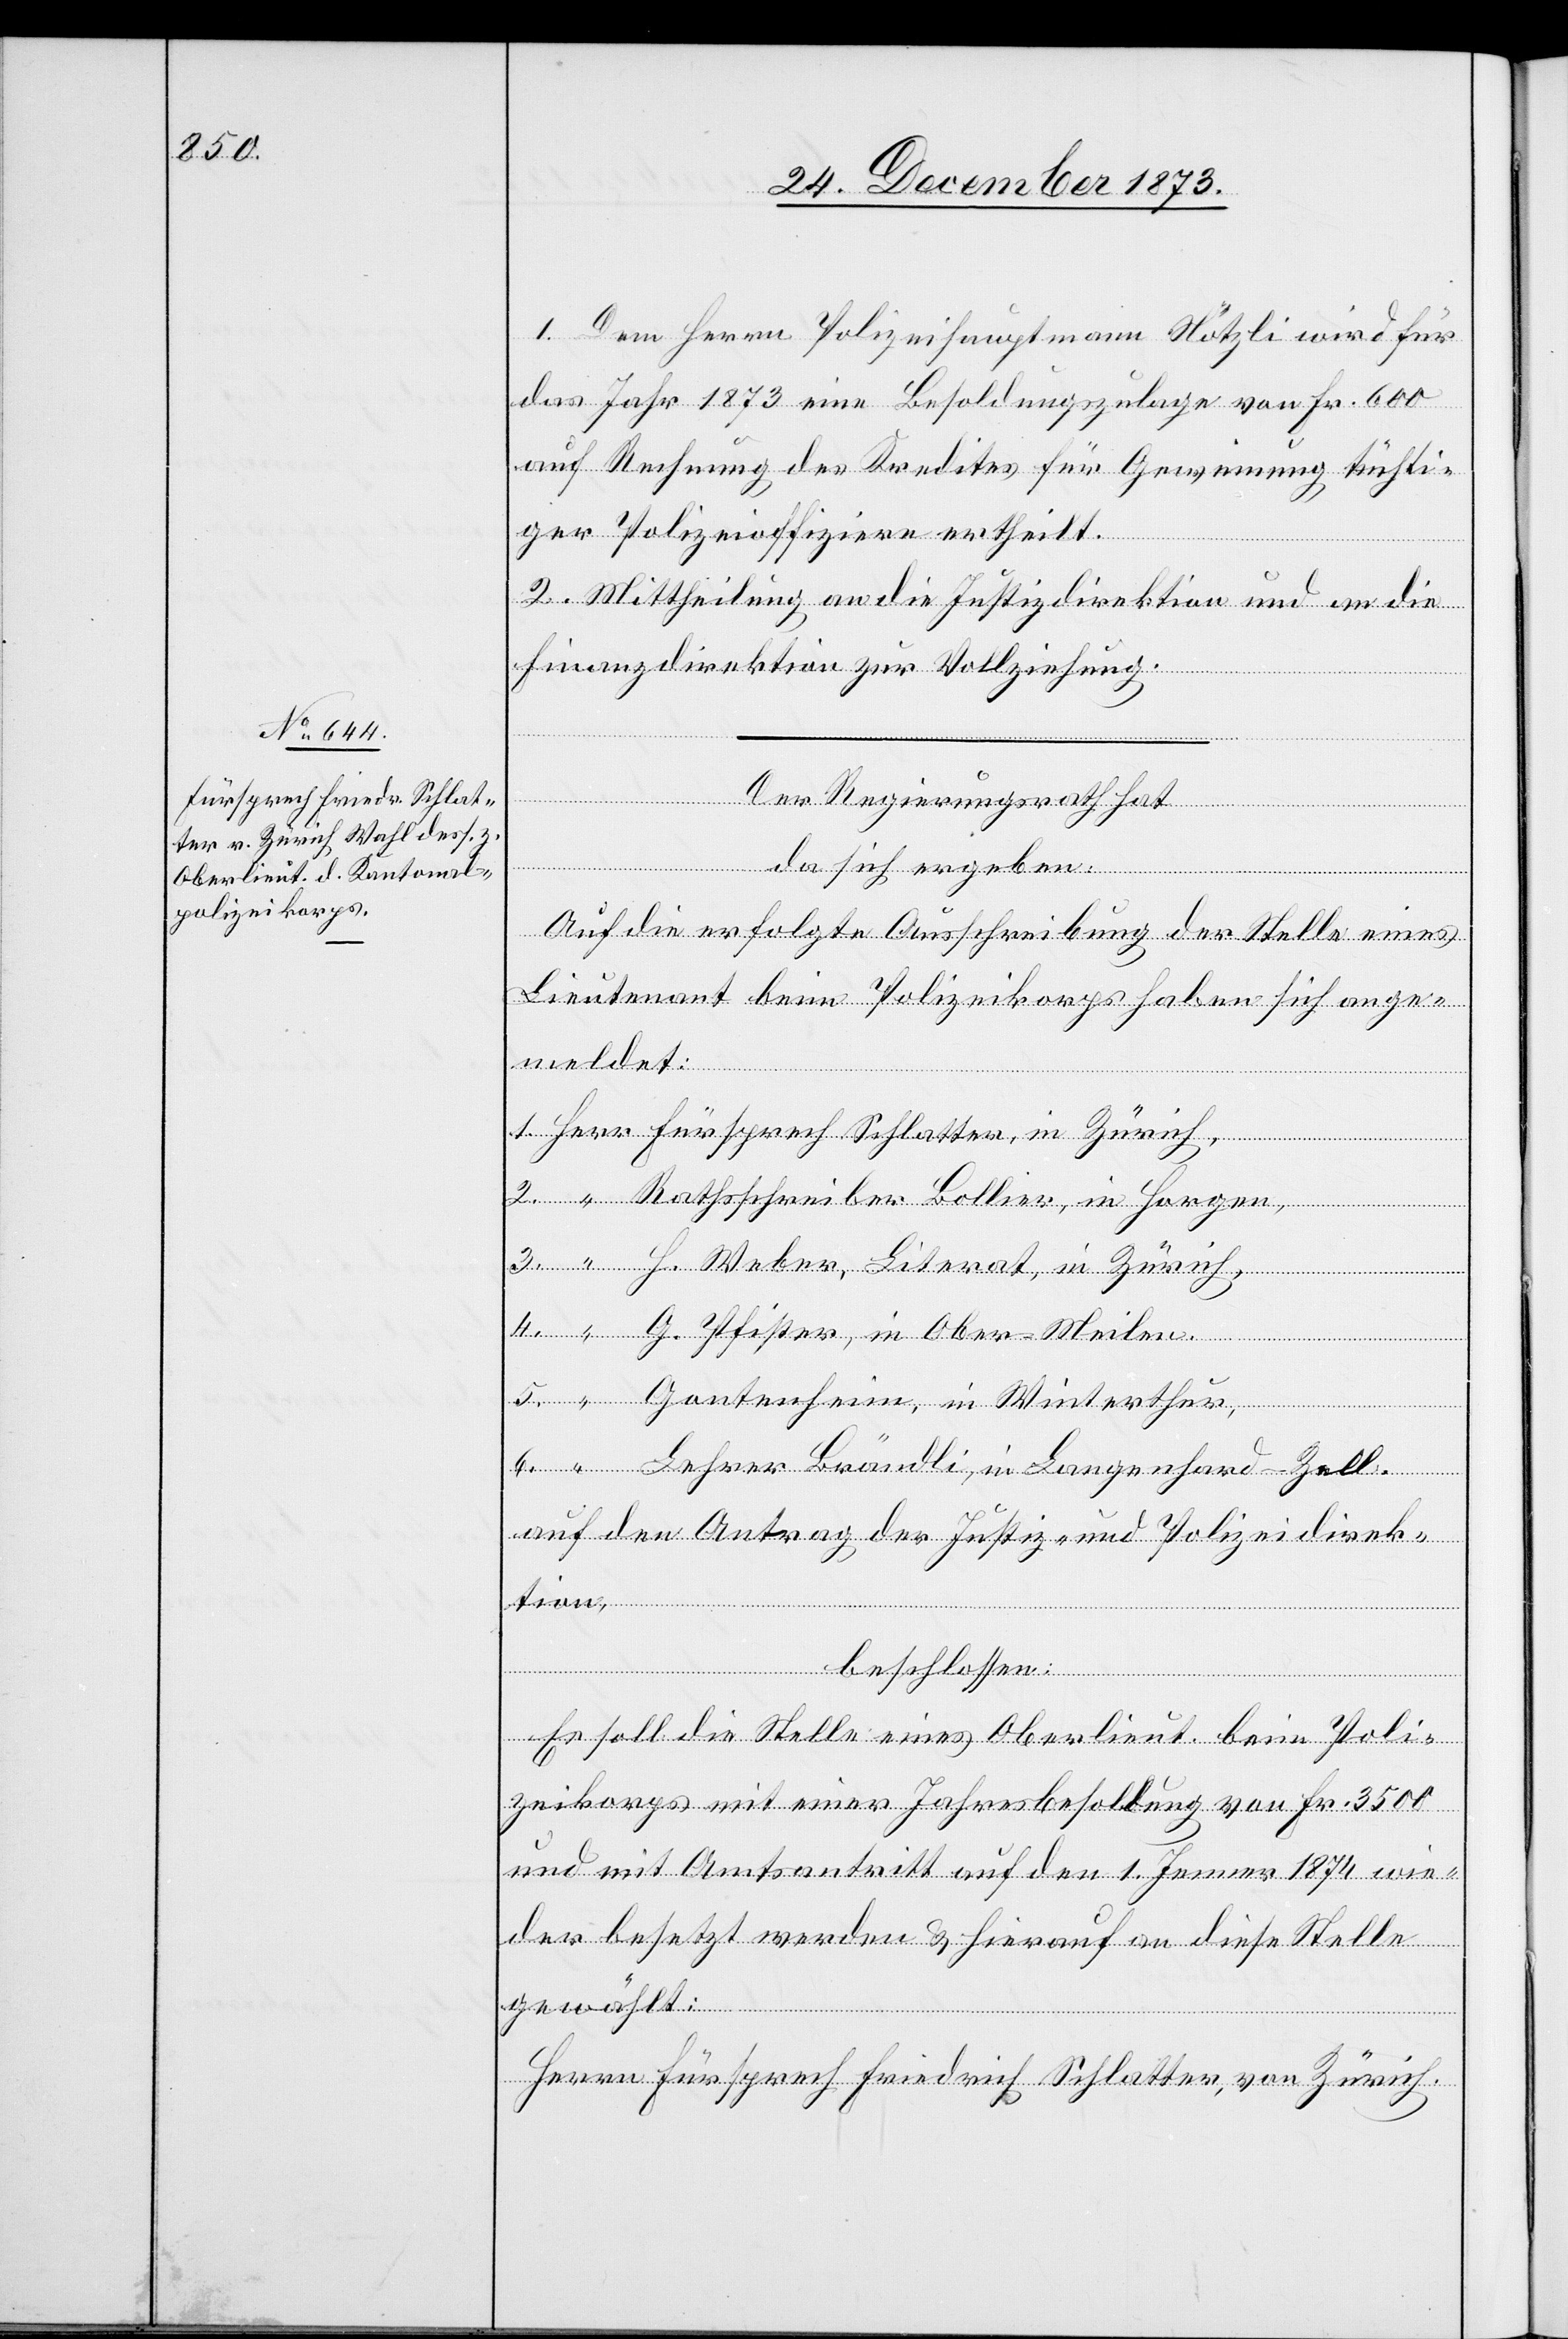
1. Dem Herrn Polizeihauptmann Nötzli wird für
das Jahr 1873 eine Besoldungszulage von Fr. 600
auf Rechnung des Kredites für Gewinnung tüchti¬
ger Polizeioffiziere ertheilt.
2. Mittheilung an die Justizdirektion und an die
Finanzdirektion zur Vollziehung.
G.
Der Regierungsrath hat
da sich ergeben:
in
Auf die erfolgte Ausschreibung der Stelle eines
Lieutenant beim Polizeikorps haben sich ange¬
meldet:
1. Herr Fürsprech Schlatter, in Zürich,
2. “ Rathsschreiber Bollier, in Horgen,
3. “ H. Weber, Literat, in Zürich,
5. “ Gontenheim, in Winterthur,
6. “ Lehrer Brändli, in Langenhard - Zell.
auf den Antrag der Justiz- und Polizeidirek¬
tion,
beschlossen:
Es soll die Stelle eines Oberlieut. beim Poli¬
zeikorps mit einer Jahresbesoldung von Fr. 3 500
und mit Amtsantritt auf den 1. Jenner 1874 wie¬
der besetzt werden & hierauf an diese Stelle
gewählt:
Herrn Fürsprech Friedrich Schlatter, von Zürich.